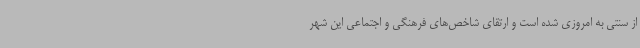
از سنتی به امروزی شده است و ارتقای شاخص‌های فرهنگی و اجتماعی این شهر